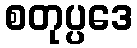
စတုပ္ပဒေ